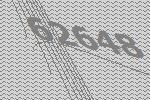
62648